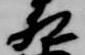
相